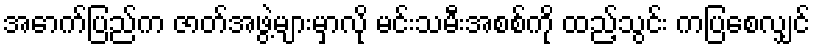
အောက်ပြည်က ဇာတ်အဖွဲ့များမှာလို မင်းသမီးအစစ်ကို ထည့်သွင်း ကပြစေလျှင်